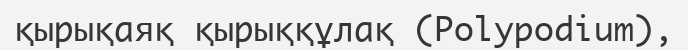
қырықаяқ қырыққұлақ (Polypodіum),